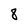
Character: 8